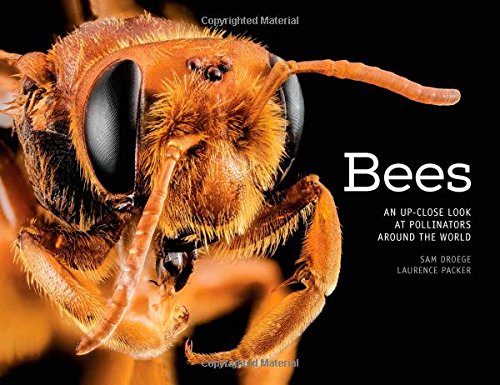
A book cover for Bees: An Up-Close Look at Pollinators Around the World; Sam Droege; Arts & Photography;